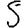
Digit: 5